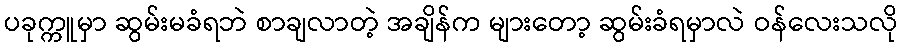
ပခုက္ကူမှာ ဆွမ်းမခံရဘဲ စာချလာတဲ့ အချိန်က များတော့ ဆွမ်းခံရမှာလဲ ဝန်လေးသလို